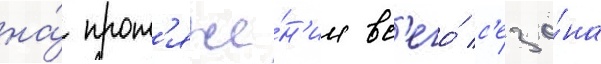
на́ прот'яже́н'ии вс'его́ с'езо́на